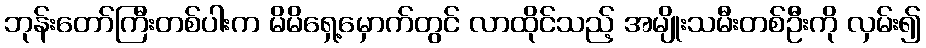
ဘုန်းတော်ကြီးတစ်ပါးက မိမိရှေ့မှောက်တွင် လာထိုင်သည့် အမျိုးသမီးတစ်ဦးကို လှမ်း၍